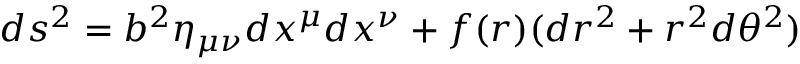
d s ^ { 2 } = b ^ { 2 } \eta _ { \mu \nu } d x ^ { \mu } d x ^ { \nu } + f ( r ) ( d r ^ { 2 } + r ^ { 2 } d \theta ^ { 2 } )